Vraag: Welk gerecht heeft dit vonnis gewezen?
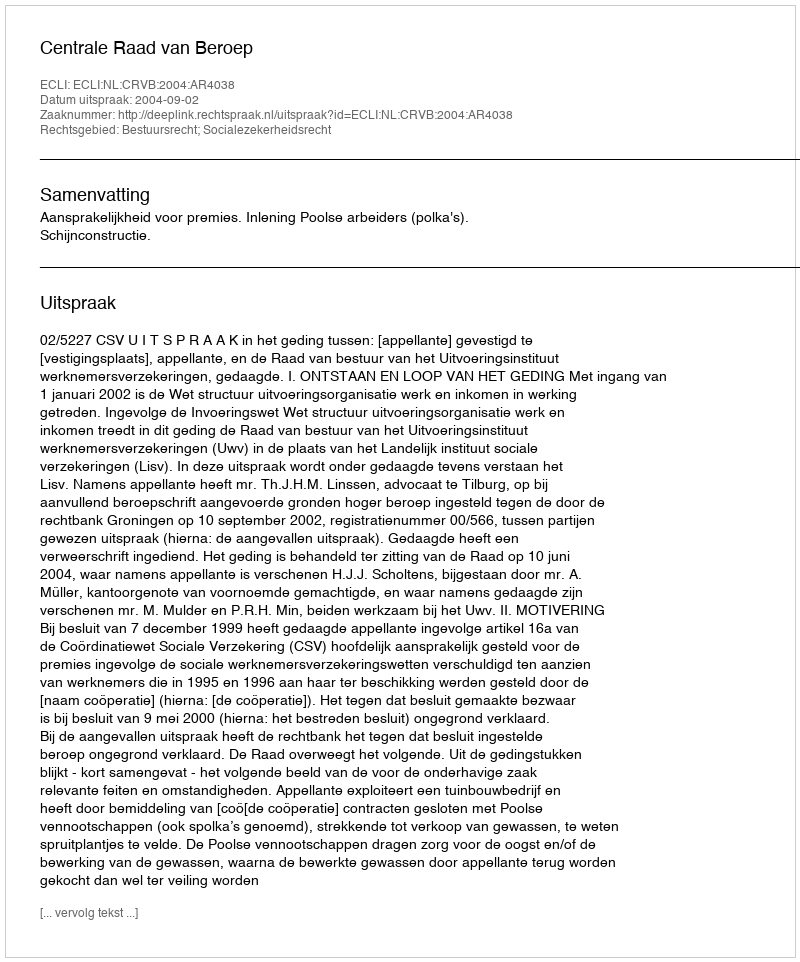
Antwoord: Centrale Raad van Beroep